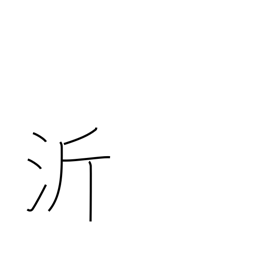
Meaning: name of a Chinese river